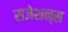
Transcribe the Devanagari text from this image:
सजेशन्स